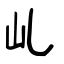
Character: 乢